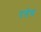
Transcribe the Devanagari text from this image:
पत्तेच